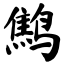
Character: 鹪